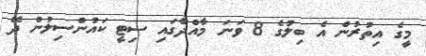
މީގެ އިތުރުން އެ ބިލުގެ 8 ވަނަ މާއްދާގައި ސިޓީ ކައުންސިލުން ދޭ